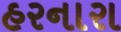
હરનારા